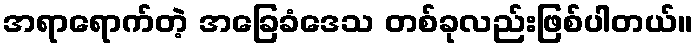
အရာရောက်တဲ့ အခြေခံဒေသ တစ်ခုလည်းဖြစ်ပါတယ်။